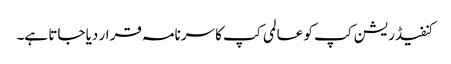
کنفیڈریشن کپ کو عالمی کپ کا سرنامہ قرار دیا جاتا ہے۔